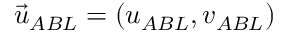
\vec { u } _ { A B L } = ( u _ { A B L } , v _ { A B L } )